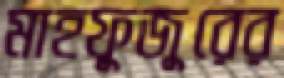
মাহফুজুরের